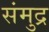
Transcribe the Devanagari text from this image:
संमुद्र